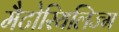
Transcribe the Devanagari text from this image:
मैटोरियलिज्म